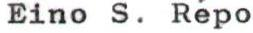
Eino S. Repo